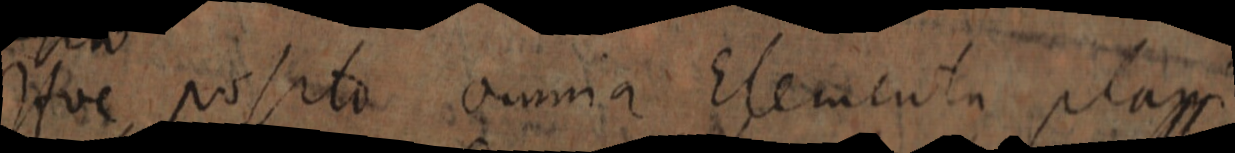
Huc possito omnia Elementa plani